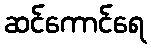
ဆင်ကောင်ရေ